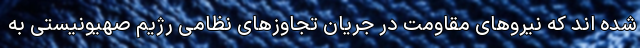
شده اند که نیروهای مقاومت در جریان تجاوزهای نظامی رژیم صهیونیستی به